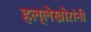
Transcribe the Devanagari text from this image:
हल्लेखोऱांनी